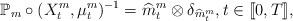
LaTeX: \begin{align*}\mathbb P_m \circ (X^m_t,\mu^m_t)^{-1}=\widehat{m}^m_t \otimes \delta_{\widehat{m}^m_t }, t \in [\![0, T]\!],\end{align*}